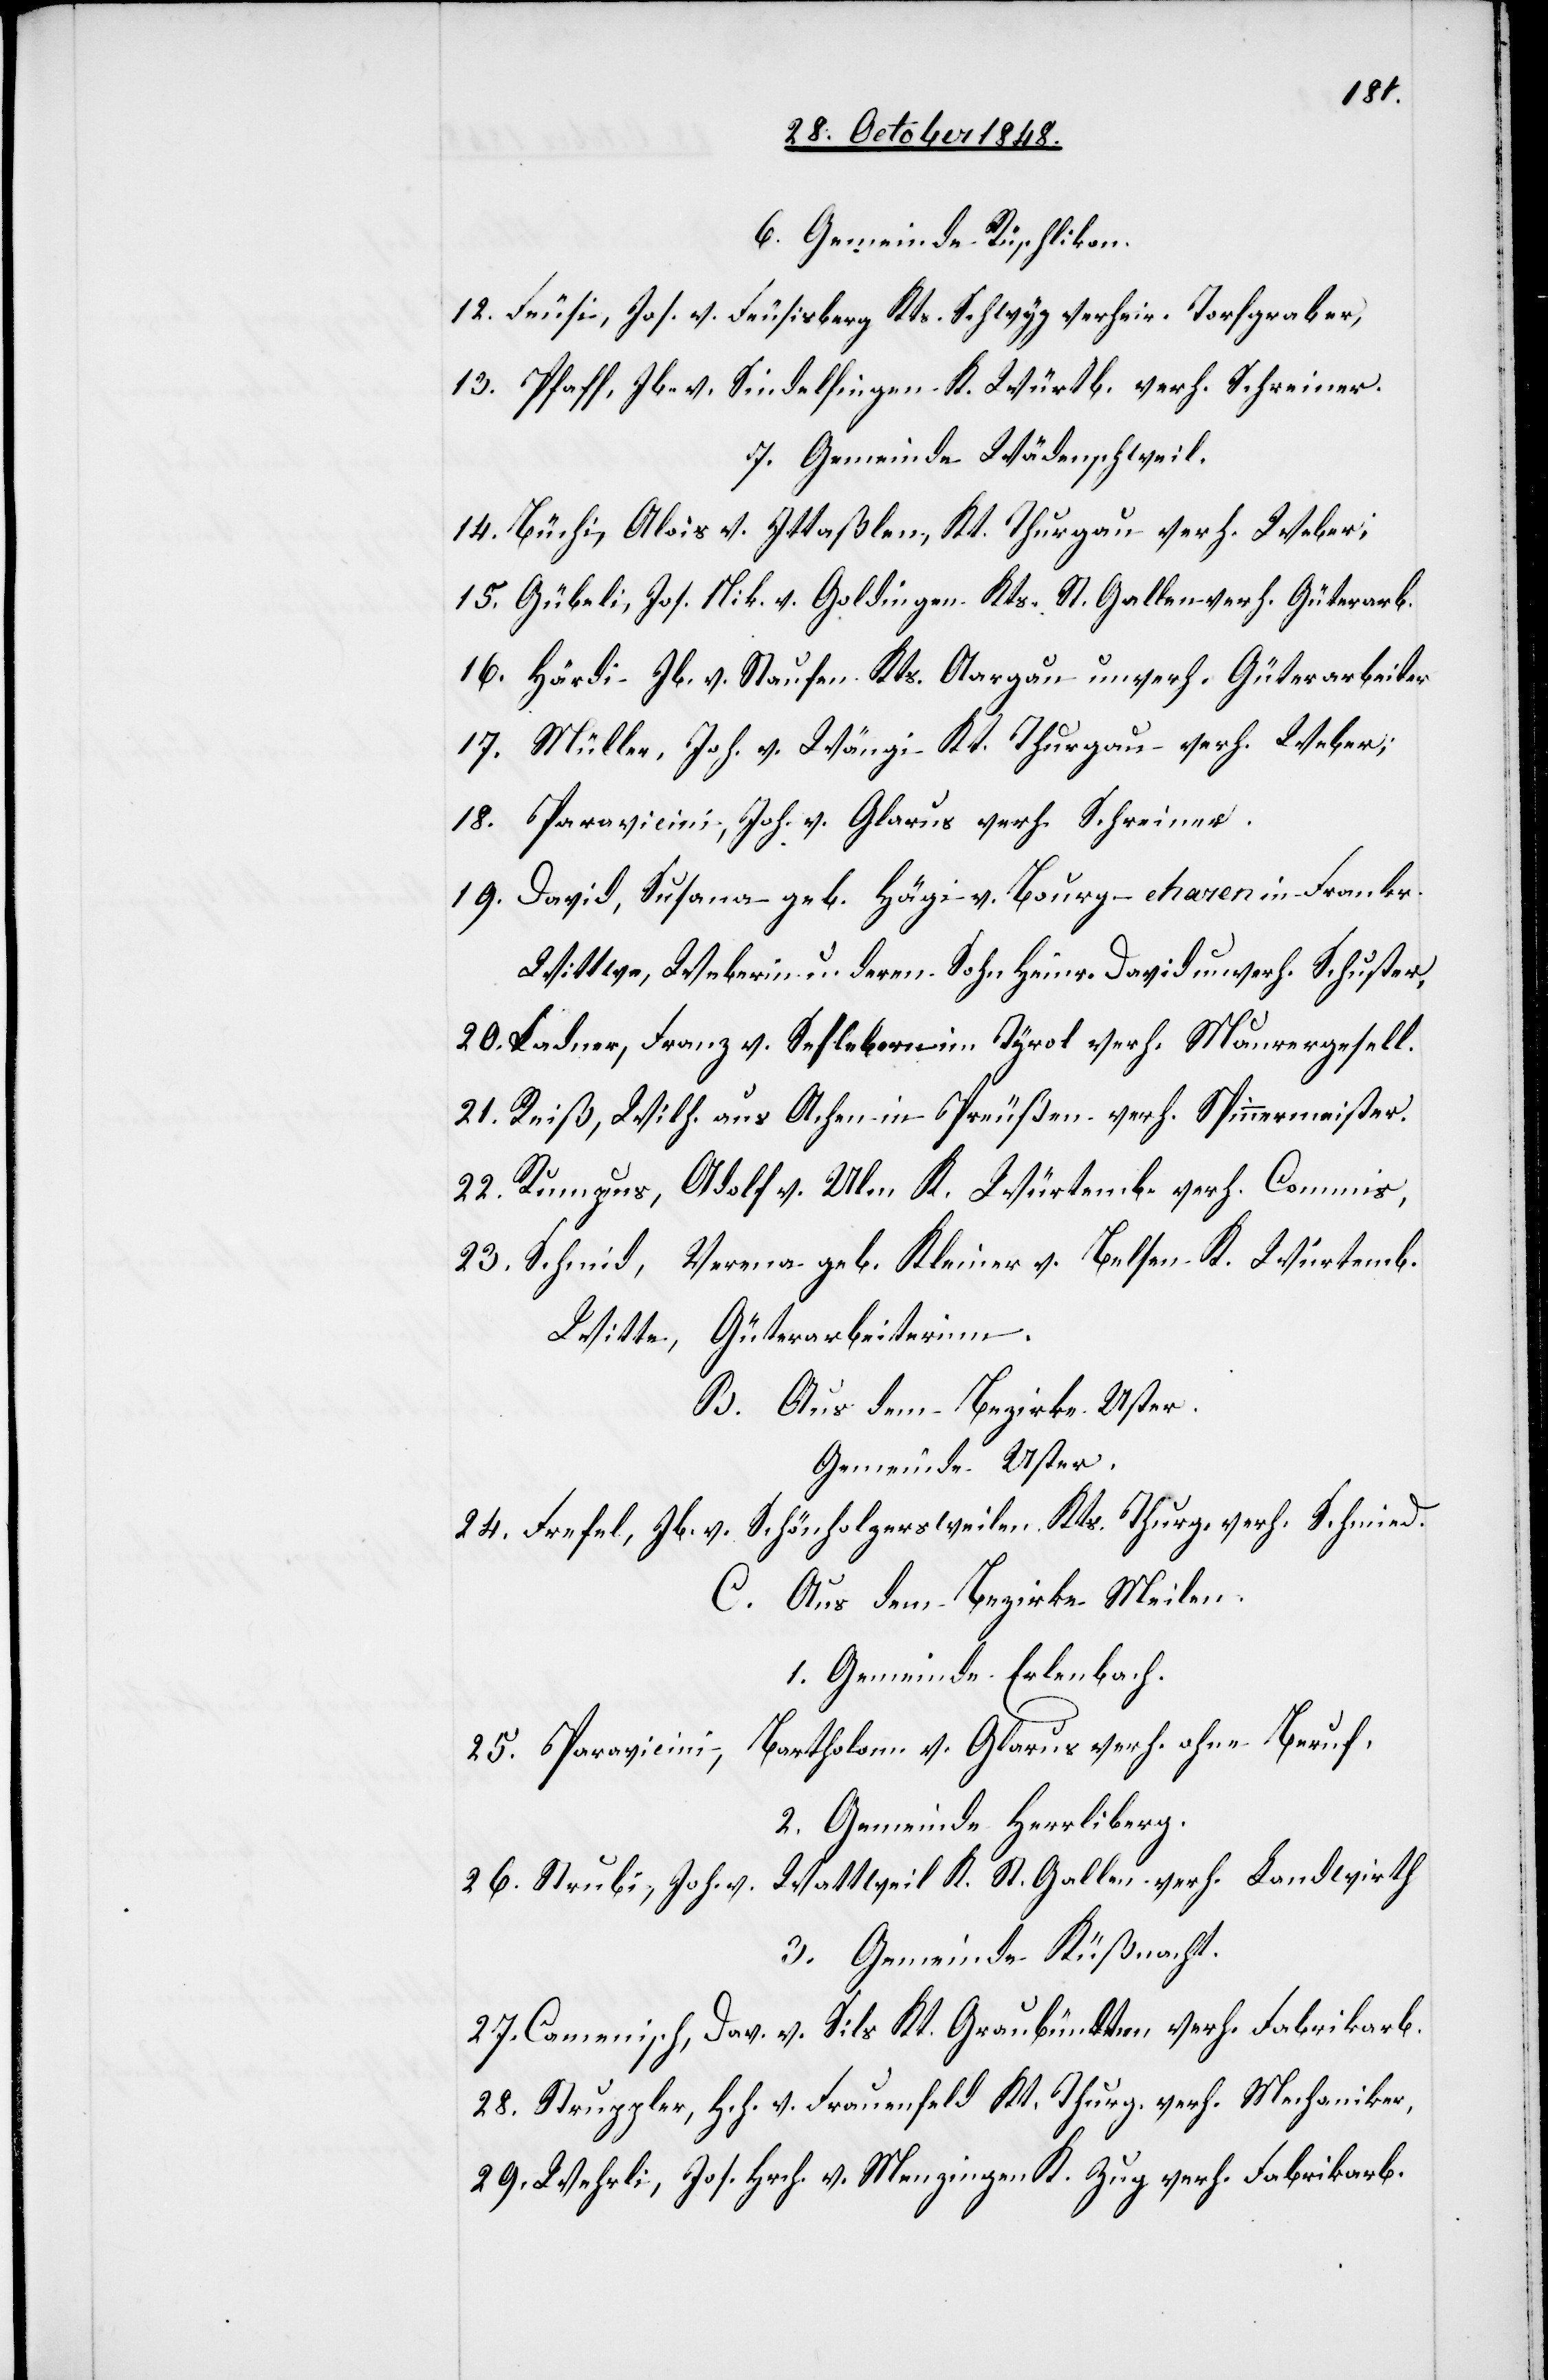
6. Gemeinde Rüschlikon.
12. Feusi, Jos. v. Feusisberg Kts. Schwyz verheir. Torfgraber,
13. Pfaff, Jb. v. Sindelfingen K. Würtemb. verh. Schreiner.
7. Gemeinde Wädenschweil.
14. Büchi, Alois v. Ittaßlen, Kt. tg verh. Weber;
15. Güberli, Jos. Nik. v. Goldingen, Kts. St. Gallen verh. Güterarb.
16. Härdi, Jb. v. Staufen Kts. Aargau unverh. Güterarbeiter.
17. Müller, Joh. v. Wängi Kt. Thurgau verh. Weber;
18. Paravicini, Joh. v. Glarus verh. Schreiner.
19. David, Susana geb. Hägi v. Bourg-charen in Frankr.
Wittwe, Weberin u. deren Sohn Heinr. David unverh. Schuster.
20. Ladner, Franz v. Sesleb[?ern] im Tyrol verh. Maurergesell.
21. Reiß, Wilh. aus Achen in Preußen verh. Spinnermeister.
22. Rumzus, Adolf v. Ulm K. Würtemb. verh. Commis.
23. Schmid, Verena geb. Kleiner v. Belsen K. Würtemb.
Wittwe, Güterarbeiterinn.
B. Aus dem Bezirke Uster.
Gemeinde Uster.
24. Frefel, Jb. v. Schönholzersweilen Kts. Thurg. verh. Schmied.
C. Aus dem Bezirke Meilen.
Gemeinde Erlenbach.
25. Paravicini, Bartholom. v. Glarus verh. ohne Beruf.
2. Gemeinde Herrliberg.
26. Strubi, Joh. v. Wattweil K. St. Gallen verh. Landwirth.
3. Gemeinde Küßnacht.
27. Camenisch, Dav. v. Sils Kt. Graubündten verh. Fabrikarb.
28. Stuppler, Hch. v. Frauenfeld Kt. Thurg. verh. Mechaniker.
29. Wehrli, Jos. Hrch. v. Menzingen K. Zug verh. Fabrikarb.